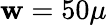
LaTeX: \mathbf{w}=50\mu